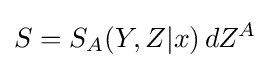
S=S_{A}(Y,Z|x)\,dZ^{A}